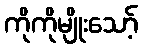
ကိုကိုမျိုးသော့်